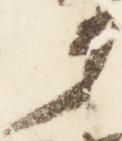
第